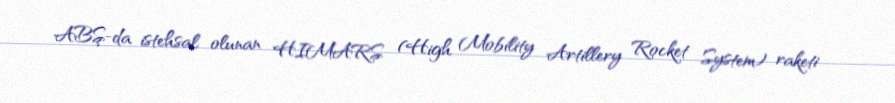
ABŞ-da istehsal olunan HIMARS (High Mobility Artillery Rocket System) raketi